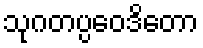
သုဂတပ္ပဝေဒိတော